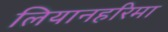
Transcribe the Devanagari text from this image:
लियानहरिमा